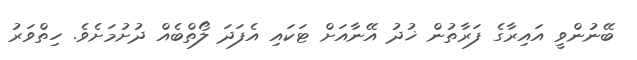
ބޭނުންވީ އައިރާގެ ފަރާތުން ޚުދު އޭނާއަށް ޓަކައި އެފަދަ ލޯތްބެއް ދުށުމަށެވެ. ހިތްވަރު